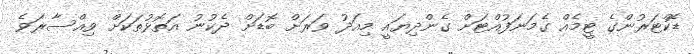
ޑޮކްޓަރުންގެ ޓީމެއް ގެމަނަފުއްޓަށް ގެންދިޔައީ މިއަދު ވަރަށް ބޮޑަށް ދެކުނު އަތޮޅުތަކަށް ވިއްސާރަވެ